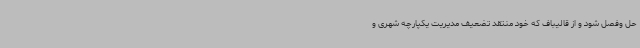
حل وفصل شود و از قالیباف که خود منتقد تضعیف مدیریت یکپارچه شهری و